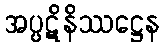
အပ္ပဋိနိဿဋ္ဌေန